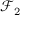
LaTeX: { \mathcal { F } } _ { 2 }